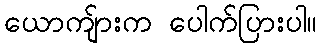
ယောကျ်ားက ပေါက်ပြားပါ။